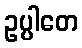
ဥပ္ပါတေ